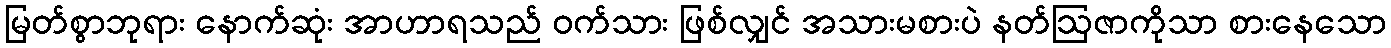
မြတ်စွာဘုရား နောက်ဆုံး အာဟာရသည် ဝက်သား ဖြစ်လျှင် အသားမစားပဲ နတ်ဩဇာကိုသာ စားနေသော